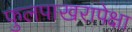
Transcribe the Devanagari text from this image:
फुलपाखरापेक्षा